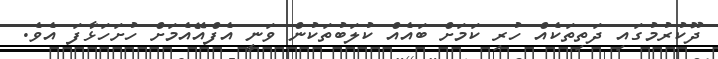
ދޫކުރުމުގައި ދަތިތަކެއް ހުރި ކަމަށް ބައެއް ކުލަބުތަކުން ވަނީ އެފްއޭއެމަށް ހުށަހަޅާފަ އެވެ.